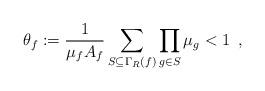
LaTeX: \begin{align*}\theta_f := \frac{1}{\mu_f A_f} \sum_{S \subseteq \Gamma_R(f)} \prod_{g \in S} \mu_g < 1 \enspace , \end{align*}